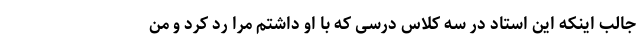
جالب اینکه این استاد در سه کلاس درسی که با او داشتم مرا رد کرد و من